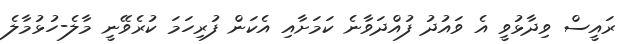
ރައީސް ވިދާޅުވީ އެ ވައުދު ފުއްދަވާނެ ކަމަށާއި އެކަން ފުރިހަމަ ކުރެވޭނީ މާލެ-ހުޅުމާލެ